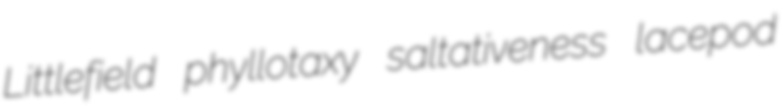
Littlefield phyllotaxy saltativeness lacepod